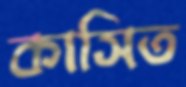
কাসিত